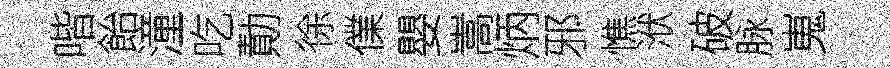
喈飴潼吃勣徐㒒嬰嵩炳邪憔洑破脉嵬